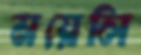
ময়েলি